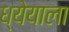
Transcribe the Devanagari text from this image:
ध्येयाला